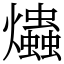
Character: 爞